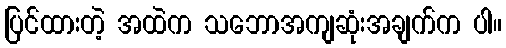
ပြင်ထားတဲ့ အထဲက သဘောအကျဆုံးအချက်က ပါ။